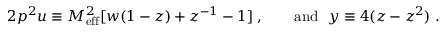
{ 2 p ^ { 2 } u } \equiv M _ { \mathrm { e f f } } ^ { 2 } [ w ( 1 - z ) + z ^ { - 1 } - 1 ] \; , \qquad \mathrm { a n d \ \ } y \equiv 4 ( z - z ^ { 2 } ) \; .